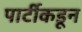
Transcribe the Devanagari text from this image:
पार्टीकडून